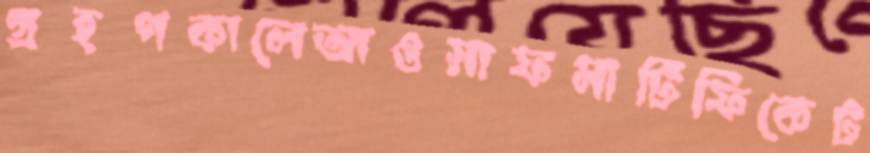
গ্রহণকালেআওসাফসার্টিফিকেট